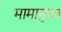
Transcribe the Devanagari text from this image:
मामानुका